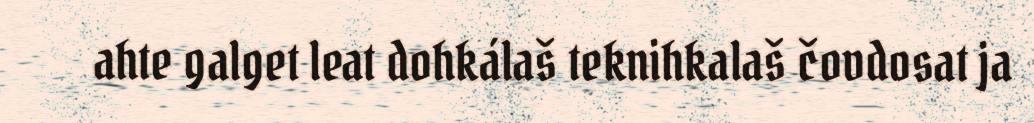
ahte galget leat dohkálaš teknihkalaš čovdosat ja